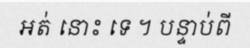
អត់ នោះ ទេ ។ បន្ទាប់ពី